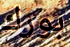
بورك